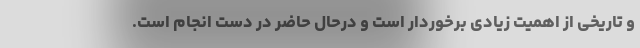
و تاریخی از اهمیت زیادی برخوردار است و درحال حاضر در دست انجام است.